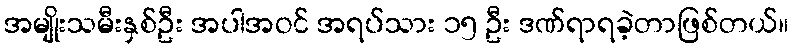
အမျိုးသမီးနှစ်ဦး အပါအဝင် အရပ်သား ၁၅ ဦး ဒဏ်ရာရခဲ့တာဖြစ်တယ်။